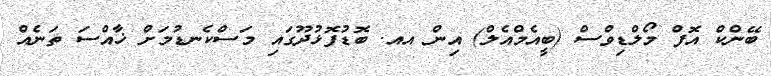
ބޭންކް އޮފް މޯލްޑިވްސް (ބީއެމްއެލް) އިން އއ. ބޮޑުފޮޅުދޫގައި މަސްކެނޑުމަށް ޚާއްސަ ތަނެއް